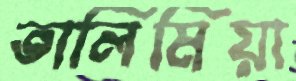
তালিমিয়া